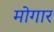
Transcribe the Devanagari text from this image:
मोगार